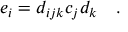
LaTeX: e _ { i } = d _ { i j k } c _ { j } d _ { k } \quad .